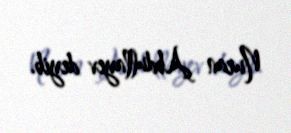
Nuran Abdullayev deyib.